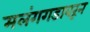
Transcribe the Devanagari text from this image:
मलंगगडावरून